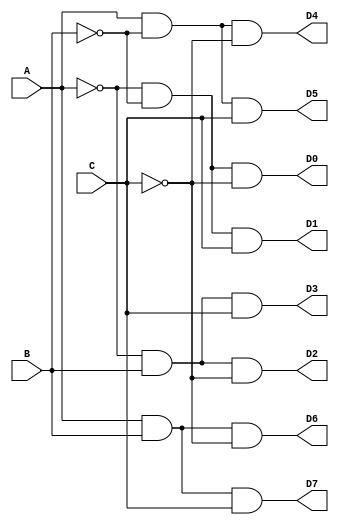
`timescale 1ns / 1ps
//////////////////////////////////////////////////////////////////////////////////
// Company: 
// Engineer: 
// 
// Design Name: 
// Module Name: three_to_eight_decoder
// Project Name: 
// Target Devices: 
// Tool Versions: 
// Description: 
// 
// Dependencies: 
// 
// Revision:
// Revision 0.01 - File Created
// Additional Comments:
// 
//////////////////////////////////////////////////////////////////////////////////


module three_to_eight_decoder(
input A, B, C,
output D7, D6, D5, D4, D3, D2, D1, D0
);

assign D0 = (~A) & (~B) & (~C);
assign D1 = (~A) & (~B) & C;
assign D2 = (~A) & B & (~C);
assign D3 = (~A) & B & C;
assign D4 = A & (~B) & (~C);
assign D5 = A & (~B) & C;
assign D6 = A & B & (~C);
assign D7 = A & B & C;

endmodule